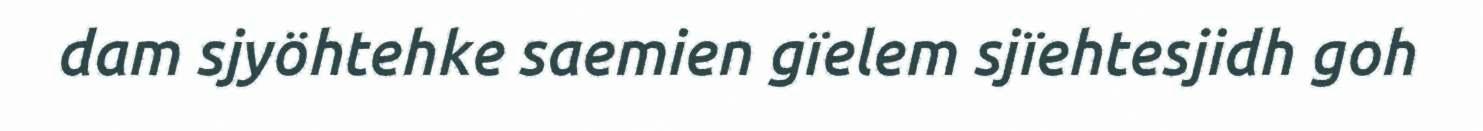
dam sjyöhtehke saemien gïelem sjïehtesjidh goh